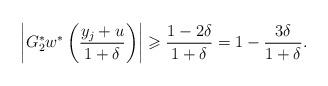
LaTeX: \begin{align*}\left|G_2^\ast w^\ast\left( \frac{y_{j} + u}{1 + \delta} \right) \right| \geqslant \frac{1 - 2 \delta}{1 + \delta} = 1 - \frac{3 \delta}{1 + \delta}. \end{align*}